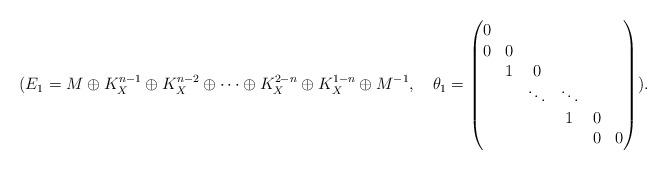
LaTeX: \begin{align*}(E_1=M\oplus K_X^{n-1}\oplus K_X^{n-2}\oplus \cdots \oplus K_X^{2-n}\oplus K_X^{1-n}\oplus M^{-1}, \quad\theta_1=\begin{pmatrix}0&&&&&\\0&0&&&&\\&1&0&&&\\&&\ddots&\ddots&\\&&&1&0&\\&&&&0&0\end{pmatrix}).\end{align*}